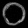
Digit: ၀